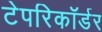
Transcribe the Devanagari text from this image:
टेपरिकॉर्डर